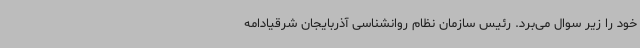
خود را زیر سوال می‌برد. رئیس سازمان نظام روانشناسی آذربایجان شرقیادامه